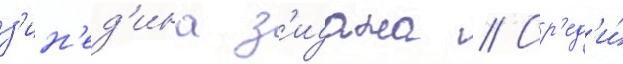
з'ин'ед'ина з'идана // Ср'ед'и́